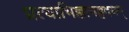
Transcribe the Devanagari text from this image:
प्रत्याभिज्ञानहृदयम्